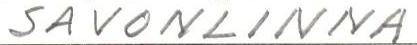
SAVONLINNA